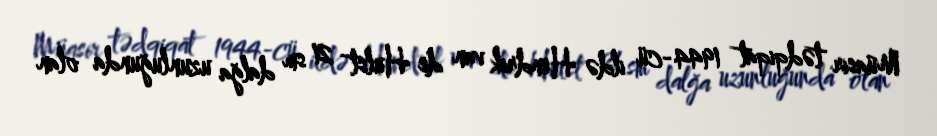
Müasir tədqiqat 1944-cü ildə Hendrik van de Hulst 21 sm dalğa uzunluğunda olan